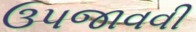
ઉપજાવવી